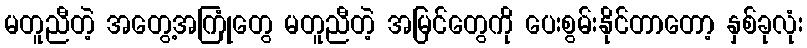
မတူညီတဲ့ အတွေ့အကြုံတွေ မတူညီတဲ့ အမြင်တွေကို ပေးစွမ်းနိုင်တာတော့ နှစ်ခုလုံး